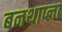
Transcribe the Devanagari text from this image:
बनथाप्ला